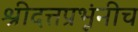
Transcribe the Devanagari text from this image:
श्रीदत्तप्रभूंनीच